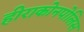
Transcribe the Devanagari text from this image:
हीराकोनपोलिस